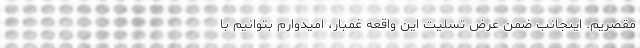
مقصریم. اینجانب ضمن عرض تسلیت این واقعه غمبار، امیدوارم بتوانیم با